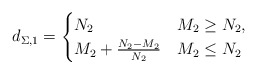
\begin{align*} d_{\Sigma,1}=\begin{cases}N_2 &M_2\geq N_2,\\M_2+\frac{N_2-M_2}{N_2} &M_2\leq N_2\end{cases}\end{align*}